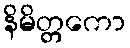
နိမိတ္တကော